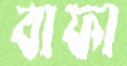
বাফা